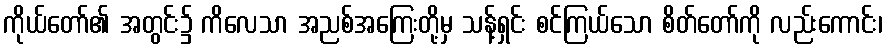
ကိုယ်တော်၏ အတွင်း၌ ကိလေသာ အညစ်အကြေးတို့မှ သန့်ရှင်း စင်ကြယ်သော စိတ်တော်ကို လည်းကောင်း၊